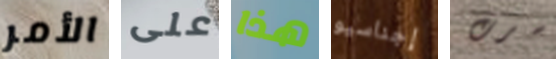
الأمر على هذا إجناسيو سرت